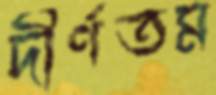
দীর্ণতম